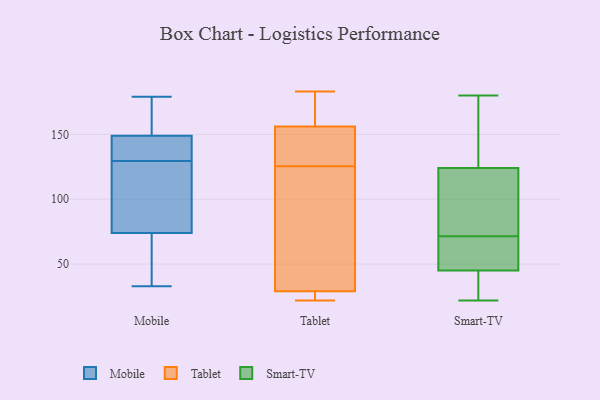
{"axis": {"x": "Latency (ms)", "y": "Value"}, "legend": ["Mobile", "Smart-TV", "Tablet"], "data": [{"x": "", "y": 147, "type": "Mobile"}, {"x": "", "y": 109, "type": "Mobile"}, {"x": "", "y": 110, "type": "Mobile"}, {"x": "", "y": 128, "type": "Mobile"}, {"x": "", "y": 37, "type": "Mobile"}, {"x": "", "y": 33, "type": "Mobile"}, {"x": "", "y": 179, "type": "Mobile"}, {"x": "", "y": 149, "type": "Mobile"}, {"x": "", "y": 174, "type": "Mobile"}, {"x": "", "y": 74, "type": "Mobile"}, {"x": "", "y": 46, "type": "Mobile"}, {"x": "", "y": 131, "type": "Mobile"}, {"x": "", "y": 149, "type": "Mobile"}, {"x": "", "y": 171, "type": "Mobile"}, {"x": "", "y": 134, "type": "Tablet"}, {"x": "", "y": 156, "type": "Tablet"}, {"x": "", "y": 183, "type": "Tablet"}, {"x": "", "y": 120, "type": "Tablet"}, {"x": "", "y": 49, "type": "Tablet"}, {"x": "", "y": 22, "type": "Tablet"}, {"x": "", "y": 26, "type": "Tablet"}, {"x": "", "y": 131, "type": "Tablet"}, {"x": "", "y": 162, "type": "Tablet"}, {"x": "", "y": 29, "type": "Tablet"}, {"x": "", "y": 160, "type": "Smart-TV"}, {"x": "", "y": 87, "type": "Smart-TV"}, {"x": "", "y": 42, "type": "Smart-TV"}, {"x": "", "y": 63, "type": "Smart-TV"}, {"x": "", "y": 46, "type": "Smart-TV"}, {"x": "", "y": 80, "type": "Smart-TV"}, {"x": "", "y": 49, "type": "Smart-TV"}, {"x": "", "y": 44, "type": "Smart-TV"}, {"x": "", "y": 22, "type": "Smart-TV"}, {"x": "", "y": 180, "type": "Smart-TV"}, {"x": "", "y": 111, "type": "Smart-TV"}, {"x": "", "y": 137, "type": "Smart-TV"}]}